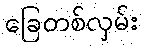
ခြေတစ်လှမ်း